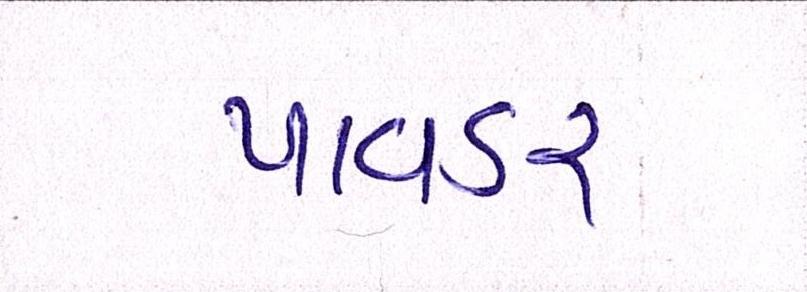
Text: પાવડર